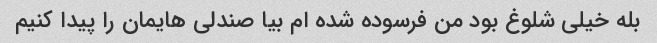
بله خیلی شلوغ بود من فرسوده شده ام بیا صندلی هایمان را پیدا کنیم